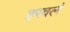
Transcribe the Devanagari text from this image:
हरवलं